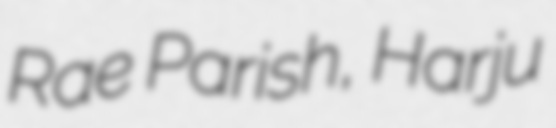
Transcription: Rae Parish, Harju